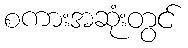
စကားအဆုံးတွင်